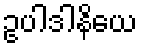
ဥပါဒါနိယေ